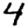
Digit: 4